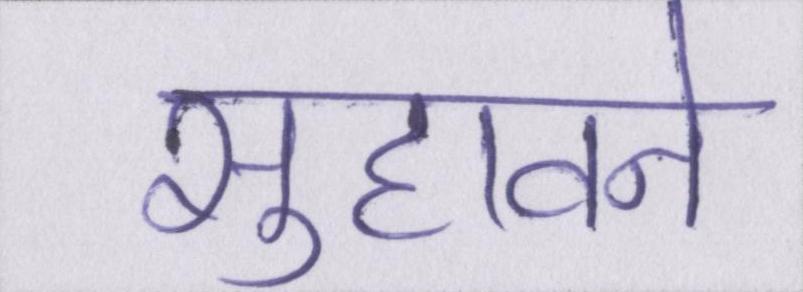
सुहावने